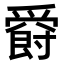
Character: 𤔸